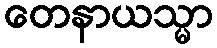
တေနာယသ္မာ